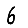
Digit: 6